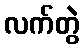
လက်တွဲ